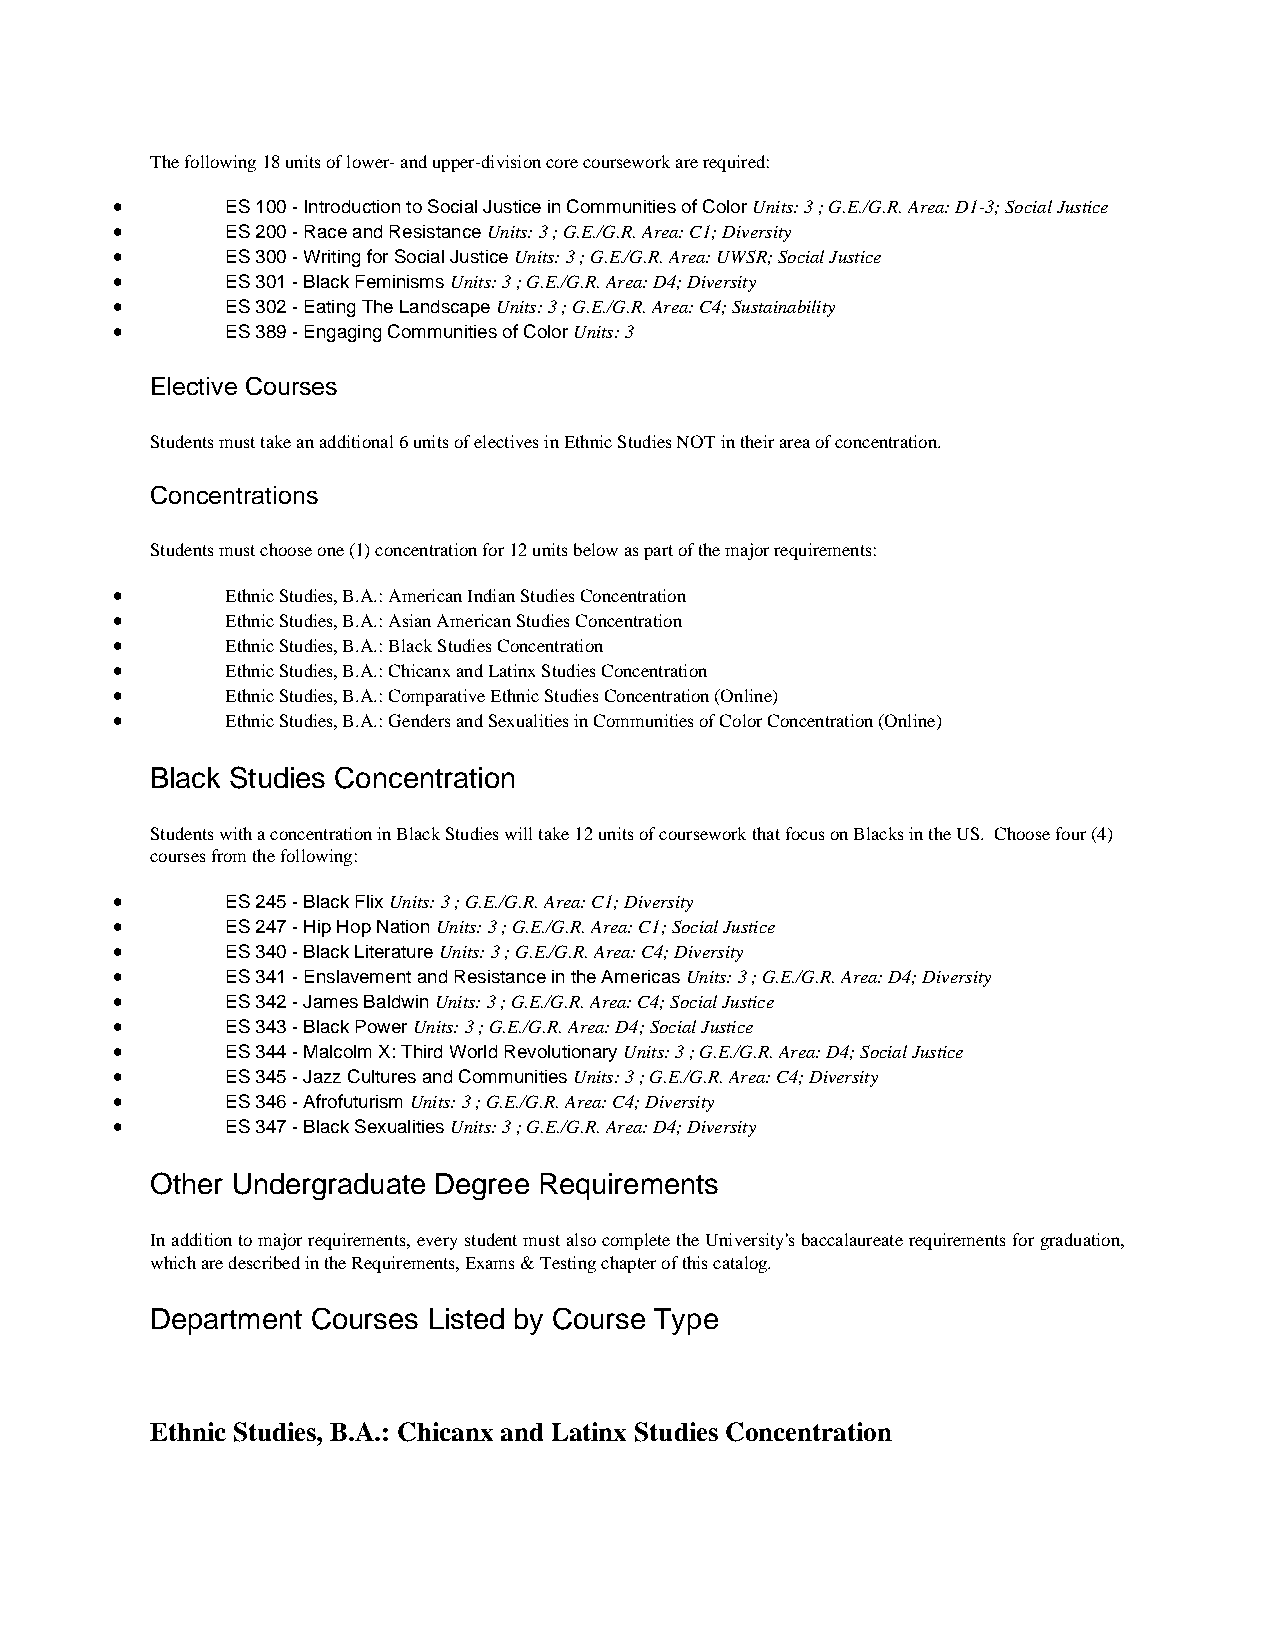
The following 18 units of lower- and upper-division core coursework are required:
 •       ES 100 - Introduction to Social Justice in Communities of Color Units: 3 ; G.E./G.R. Area: D1-3; Social Justice
 •       ES 200 - Race and Resistance Units: 3 ; G.E./G.R. Area: C1; Diversity
 •       ES 300 - Writing for Social Justice Units: 3 ; G.E./G.R. Area: UWSR; Social Justice
 •       ES 301 - Black Feminisms Units: 3 ; G.E./G.R. Area: D4; Diversity
 •       ES 302 - Eating The Landscape Units: 3 ; G.E./G.R. Area: C4; Sustainability
 •       ES 389 - Engaging Communities of Color Units: 3
 Elective Courses
 Students must take an additional 6 units of electives in Ethnic Studies NOT in their area of concentration.
 Concentrations
 Students must choose one (1) concentration for 12 units below as part of the major requirements:
 •       Ethnic Studies, B.A.: American Indian Studies Concentration
 •       Ethnic Studies, B.A.: Asian American Studies Concentration
 •       Ethnic Studies, B.A.: Black Studies Concentration
 •       Ethnic Studies, B.A.: Chicanx and Latinx Studies Concentration
 •       Ethnic Studies, B.A.: Comparative Ethnic Studies Concentration (Online)
 •       Ethnic Studies, B.A.: Genders and Sexualities in Communities of Color Concentration (Online)
 Black Studies Concentration
 Students with a concentration in Black Studies will take 12 units of coursework that focus on Blacks in the US. Choose four (4)
 courses from the following:
 •       ES 245 - Black Flix Units: 3 ; G.E./G.R. Area: C1; Diversity
 •       ES 247 - Hip Hop Nation Units: 3 ; G.E./G.R. Area: C1; Social Justice
 •       ES 340 - Black Literature Units: 3 ; G.E./G.R. Area: C4; Diversity
 •       ES 341 - Enslavement and Resistance in the Americas Units: 3 ; G.E./G.R. Area: D4; Diversity
 •       ES 342 - James Baldwin Units: 3 ; G.E./G.R. Area: C4; Social Justice
 •       ES 343 - Black Power Units: 3 ; G.E./G.R. Area: D4; Social Justice
 •       ES 344 - Malcolm X: Third World Revolutionary Units: 3 ; G.E./G.R. Area: D4; Social Justice
 •       ES 345 - Jazz Cultures and Communities Units: 3 ; G.E./G.R. Area: C4; Diversity
 •       ES 346 - Afrofuturism Units: 3 ; G.E./G.R. Area: C4; Diversity
 •       ES 347 - Black Sexualities Units: 3 ; G.E./G.R. Area: D4; Diversity
 Other Undergraduate Degree Requirements
 In addition to major requirements, every student must also complete the University's baccalaureate requirements for graduation,
 which are described in the Requirements, Exams & Testing chapter of this catalog.
 Department Courses Listed by Course Type
 Ethnic Studies, B.A.: Chicanx and Latinx Studies Concentration